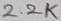
Text: 2.2K